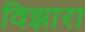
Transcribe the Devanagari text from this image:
विझारा